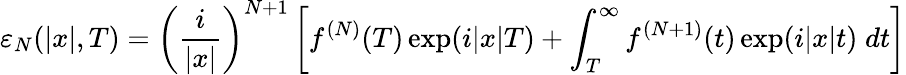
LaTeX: \varepsilon_{N}(\lvert x\rvert,T)=\left(\frac{i}{\lvert x\rvert}\right)^{N+1}\left[f^{(N)}(T)\exp(i\lvert x\rvert T)+\int_{T}^{\infty}f^{(N+1)}(t)\exp(i\lvert x\rvert t)\; dt\right]